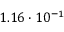
1 . 1 6 \cdot 1 0 ^ { - 1 }